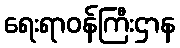
ရေးရာဝန်ကြီးဌာန